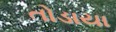
તોડાયા